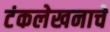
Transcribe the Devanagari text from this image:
टंकलेखनाचे